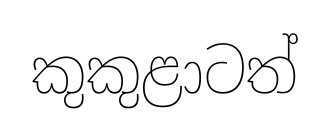
කුකුළාටත්